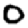
Digit: 0